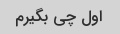
اول چی بگیرم